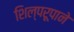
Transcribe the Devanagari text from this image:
शिल्परूपाने